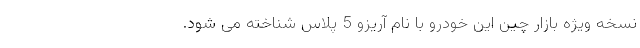
نسخه ویژه بازار چین این خودرو با نام آریزو 5 پلاس شناخته می شود.